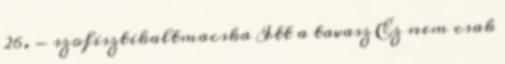
26. - szofisztikaltmacska Itt a tavasz Ez nem csak